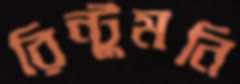
রিন্টুমনি